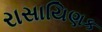
રાસાયિણક